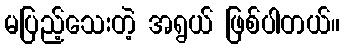
မပြည့်သေးတဲ့ အရွယ် ဖြစ်ပါတယ်။